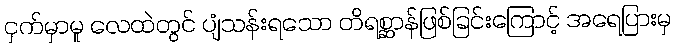
ငှက်မှာမူ လေထဲတွင် ပျံသန်းရသော တိရစ္ဆာန်ဖြစ်ခြင်းကြောင့် အရေပြားမှ